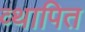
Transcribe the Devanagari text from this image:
व्थापित